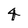
Character: 4